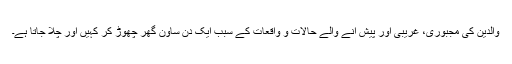
والدین کی مجبوری، غریبی اور پیش آنے والے حالات و واقعات کے سبب ایک دن ساون گھر چھوڑ کر کہیں اور چلا جاتا ہے۔